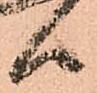
候